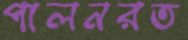
পালনরত